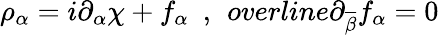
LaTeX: \rho_{\alpha}=i\partial_{\alpha}\chi+f_{\alpha}\ \ ,\ \, overline{\partial}_{\overline{{{\beta}}}}f_{\alpha}=0